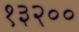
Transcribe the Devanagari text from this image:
१३२००